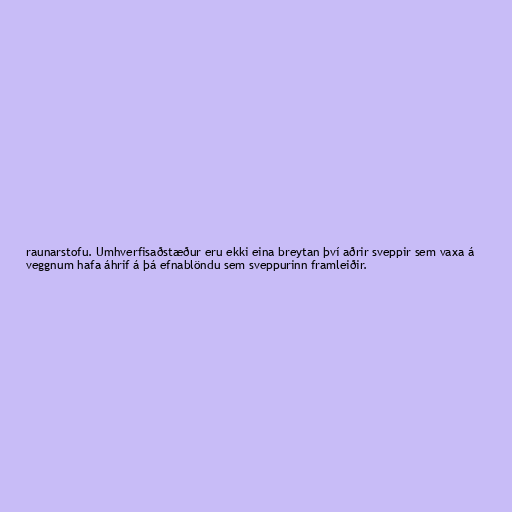
raunarstofu. Umhverfisaðstæður eru ekki eina breytan því aðrir sveppir sem vaxa á
veggnum hafa áhrif á þá efnablöndu sem sveppurinn framleiðir.